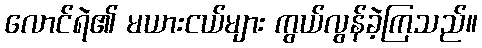
လောင်ရဲ၏ မယားငယ်များ ကွယ်လွန်ခဲ့ကြသည်။